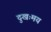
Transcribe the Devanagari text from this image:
दुखःमय